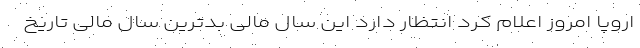
اروپا امروز اعلام کرد انتظار دارد این سال مالی بدترین سال مالی تاریخ